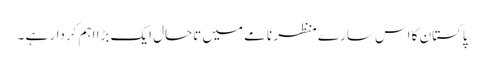
پاکستان کا اس سارے منظر نامے میں تاحال ایک بڑا اہم کردار ہے ۔